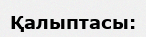
Қалыптасы: